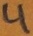
Text: 4